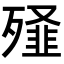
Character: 𭮞